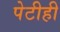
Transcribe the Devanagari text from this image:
पेटीही